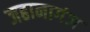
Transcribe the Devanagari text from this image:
जहानागंज